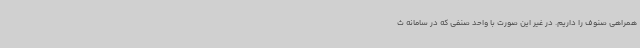
همراهی صنوف را داریم. در غیر این صورت با واحد صنفی که در سامانه ث